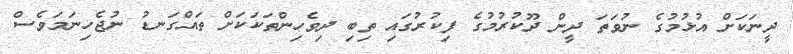
ދީނަކަށް އުޅުމުގެ ނުވަތަ ދީން ދޫކުރުމުގެ ފިކުރުގައި ތިބި ދިވެހިންތަކަކަށް ތައްގަނޑު ނުޖެހިނަމަވެސް